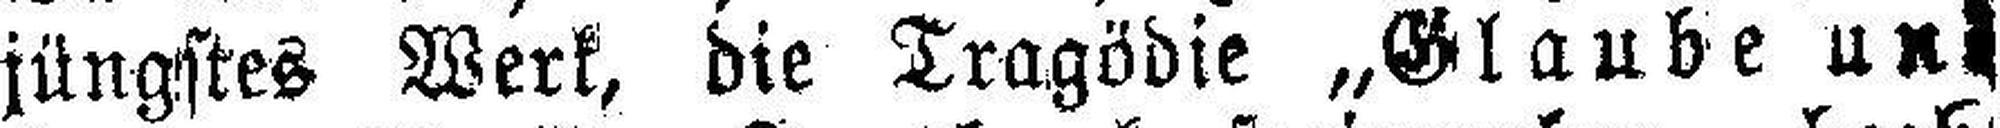
jüngstes Werk, die Tragödie „Glaube und